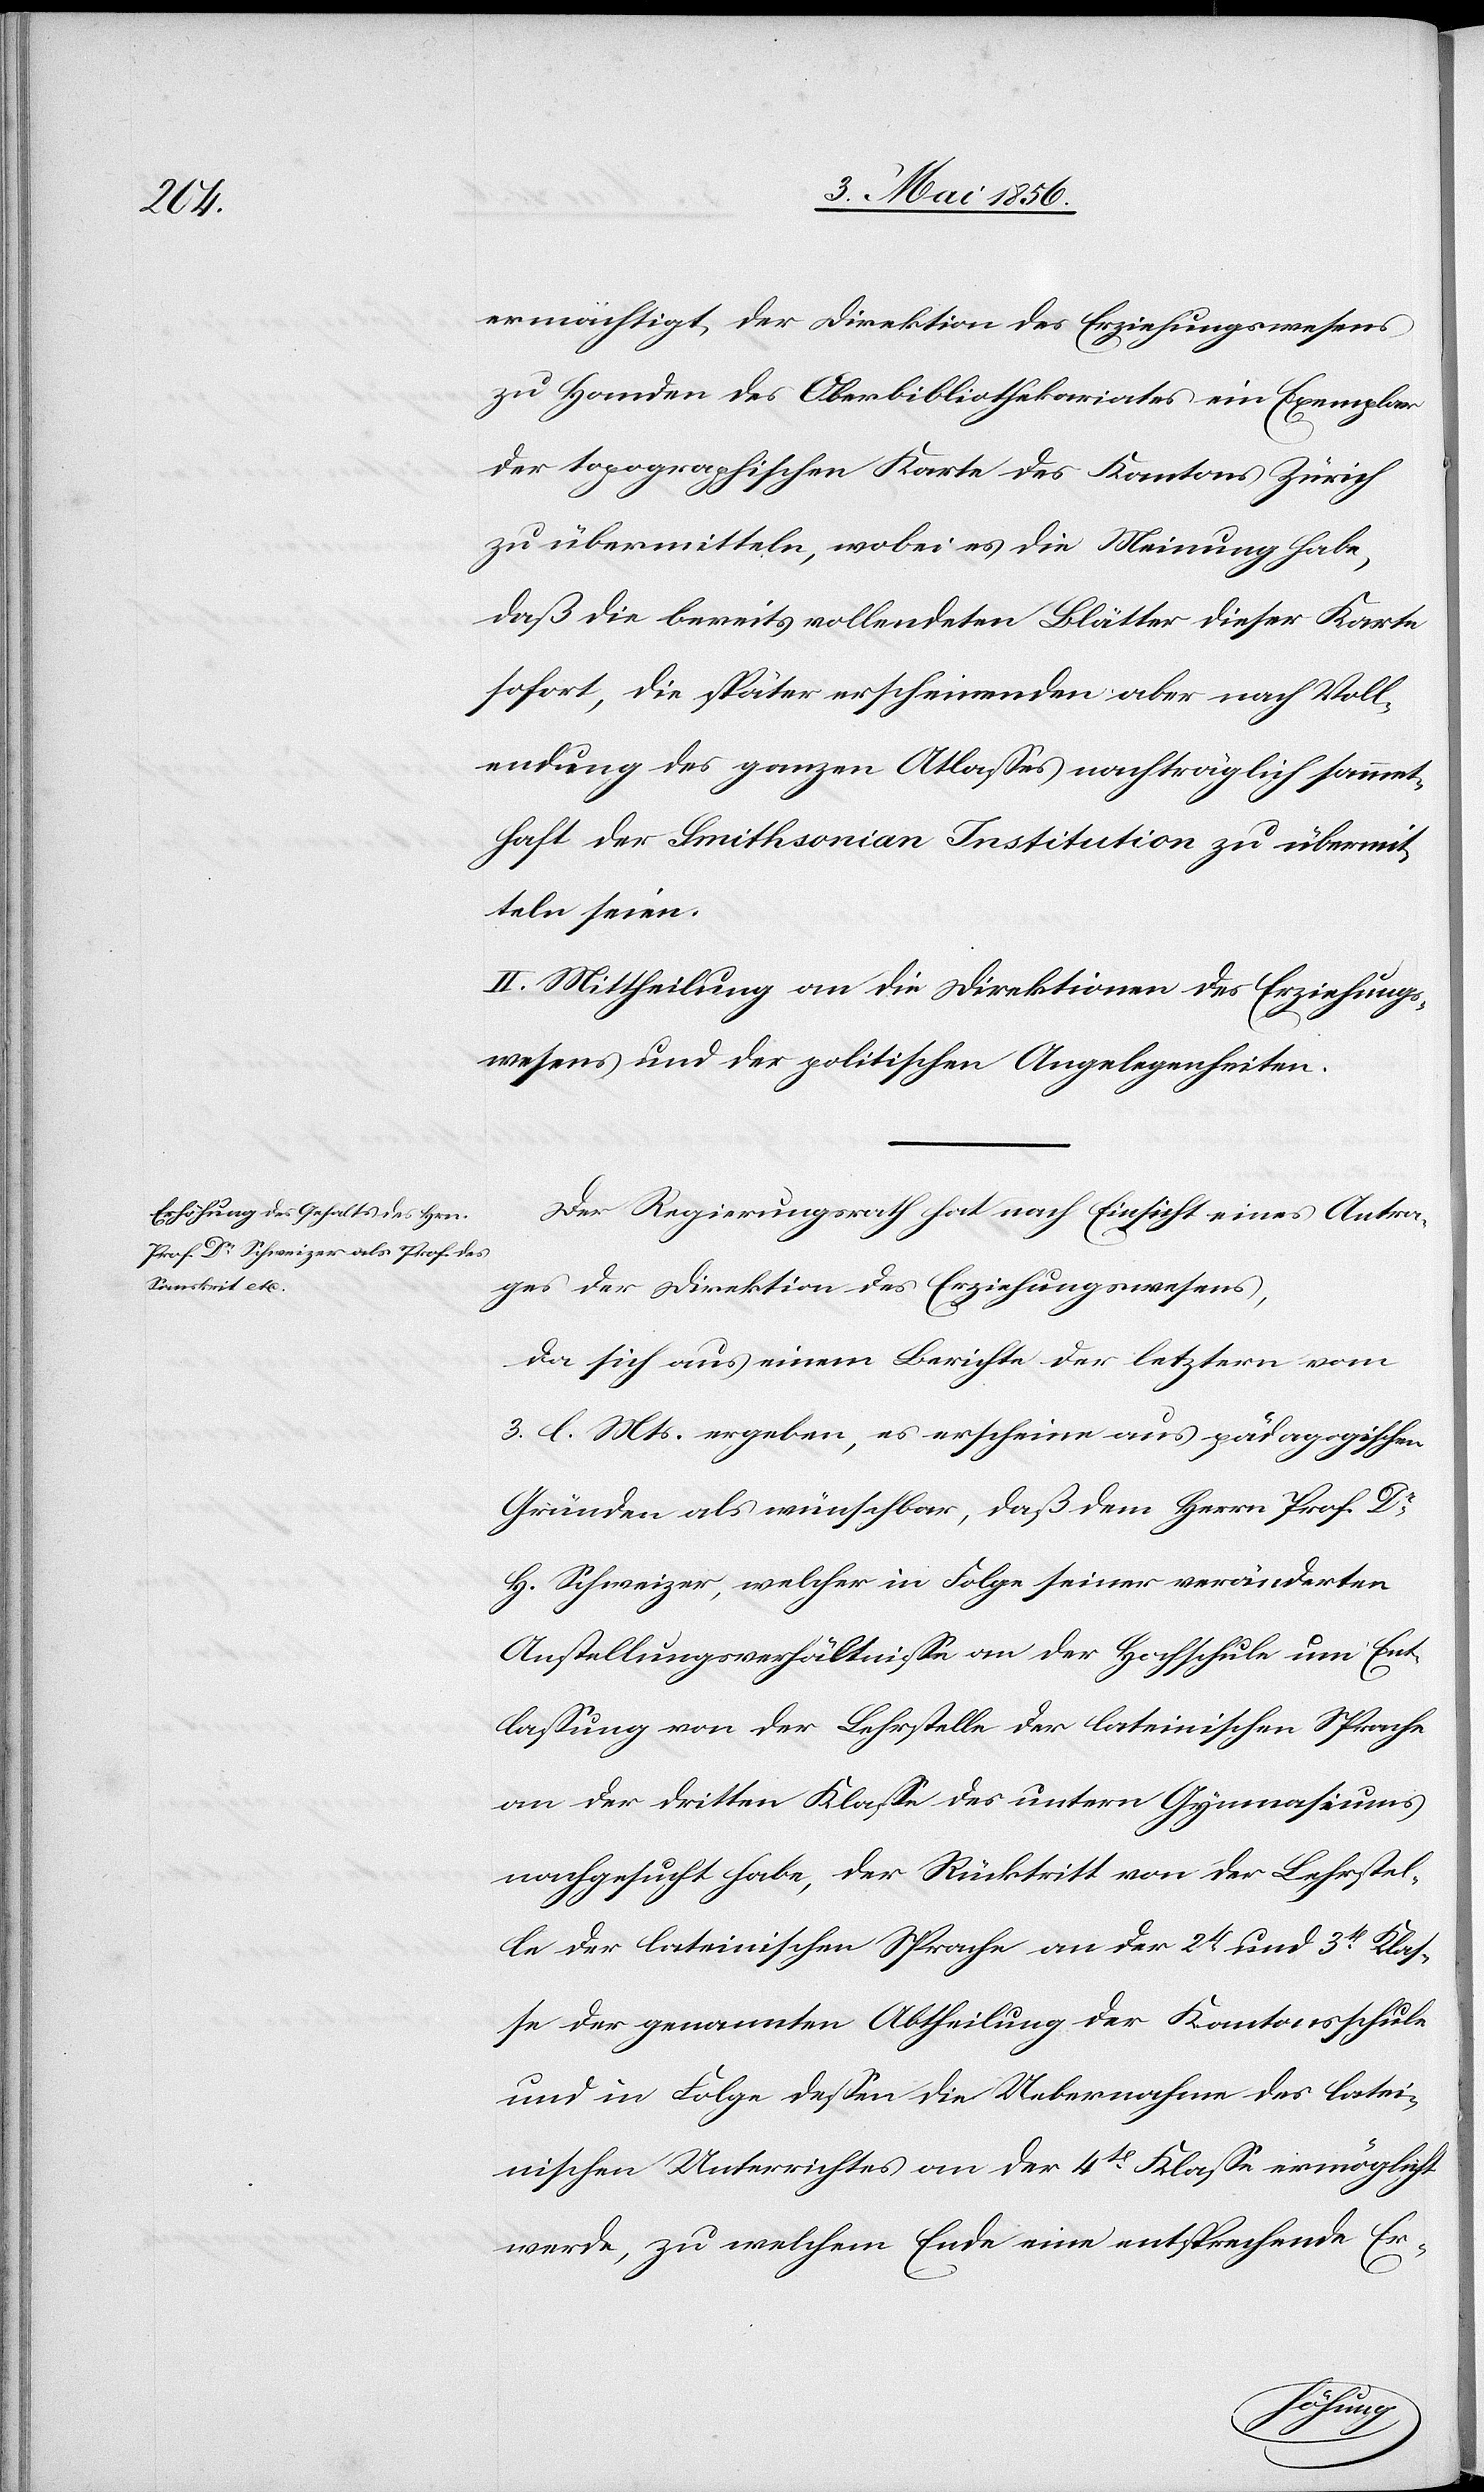
ermächtigt, der Direktion des Erziehungswesens
zu Handen des Oberbibliothekariates ein Exemplar
der topographischen Karte des Kantons Zürich
zu übermitteln, wobei es die Meinung habe,
daß die bereits vollendeten Blätter dieser Karte
sofort, die später erscheinenden aber nach Voll¬
endung des ganzen Atlasses nachträglich sammt¬
haft der Smithsonian Institution zu übermit¬
teln seien.
II. Mittheilung an die Direktion des Erziehungs¬
wesens und der politischen Angelegenheiten.
Der Regierungsrath hat nach Einsicht eines Antra¬
ges der Direktion des Erziehungswesens,
da sich aus einem Berichte der letztern vom
3. l. Mts. ergeben, es erscheine aus pädagogischen
Gründen als wünschbar, daß dem Herrn Prof. Dr
H. Schweizer, welcher in Folge seiner veränderten
Anstellungsverhältnisse an der Hochschule um Ent¬
lassung von der Lehrstelle der lateinischen Sprache
an der dritten Klasse des untern Gymnasiums
nachgesucht habe, der Rücktritt von der Lehrstel¬
le der lateinischen Sprache an der 2t und 3t Klas¬
se der genannten Abtheilung der Kantonsschule
und in Folge dessen die Uebernahme des latei¬
nischen Unterrichtes an der 4t Klasse ermöglicht
werde, zu welchem Ende eine entsprechende Er-